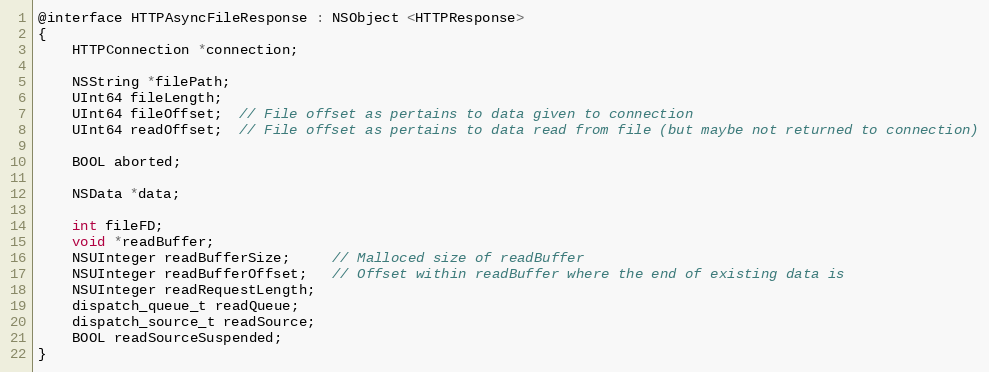
Language: C
@interface HTTPAsyncFileResponse : NSObject <HTTPResponse>
{
    HTTPConnection *connection;

    NSString *filePath;
    UInt64 fileLength;
    UInt64 fileOffset;  // File offset as pertains to data given to connection
    UInt64 readOffset;  // File offset as pertains to data read from file (but maybe not returned to connection)

    BOOL aborted;

    NSData *data;

    int fileFD;
    void *readBuffer;
    NSUInteger readBufferSize;     // Malloced size of readBuffer
    NSUInteger readBufferOffset;   // Offset within readBuffer where the end of existing data is
    NSUInteger readRequestLength;
    dispatch_queue_t readQueue;
    dispatch_source_t readSource;
    BOOL readSourceSuspended;
}